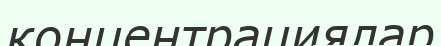
концентрациялар